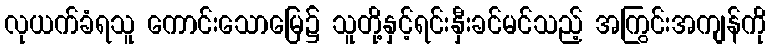
လုယက်ခံရသူ ကောင်းသောမြေ၌ သူတို့နှင့်ရင်းနှီးခင်မင်သည့် အကြွင်းအကျန်ကို